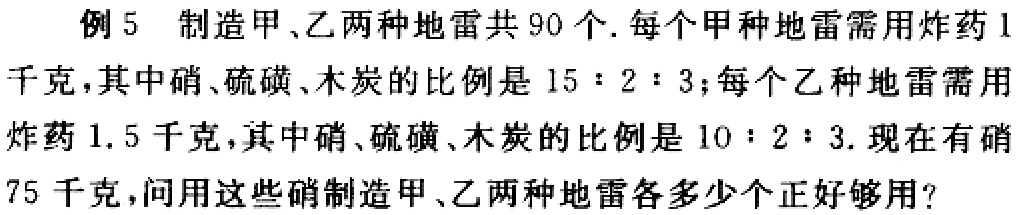
例5 制造甲、乙两种地雷共90个. 每个甲种地雷需用炸药1千克，其中硝、硫磺、木炭的比例是$15:2:3$；每个乙种地雷需用炸药1.5千克，其中硝、硫磺、木炭的比例是$10:2:3$. 现在有硝75千克，问用这些硝制造甲、乙两种地雷各多少个正好够用？